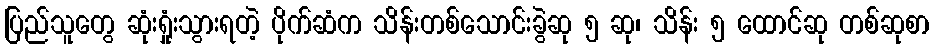
ပြည်သူတွေ ဆုံးရှုံးသွားရတဲ့ ပိုက်ဆံက သိန်းတစ်သောင်းခွဲဆု ၅ ဆု၊ သိန်း ၅ ထောင်ဆု တစ်ဆုစာ